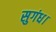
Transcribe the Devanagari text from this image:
सुगंध।